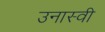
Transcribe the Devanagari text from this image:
उनास्वी